Annual report of the Civil Veterinary Department, Bengal, and of the Bengal Veterinary College for the year 1904-1905 - 1904-1905
Year: 1904
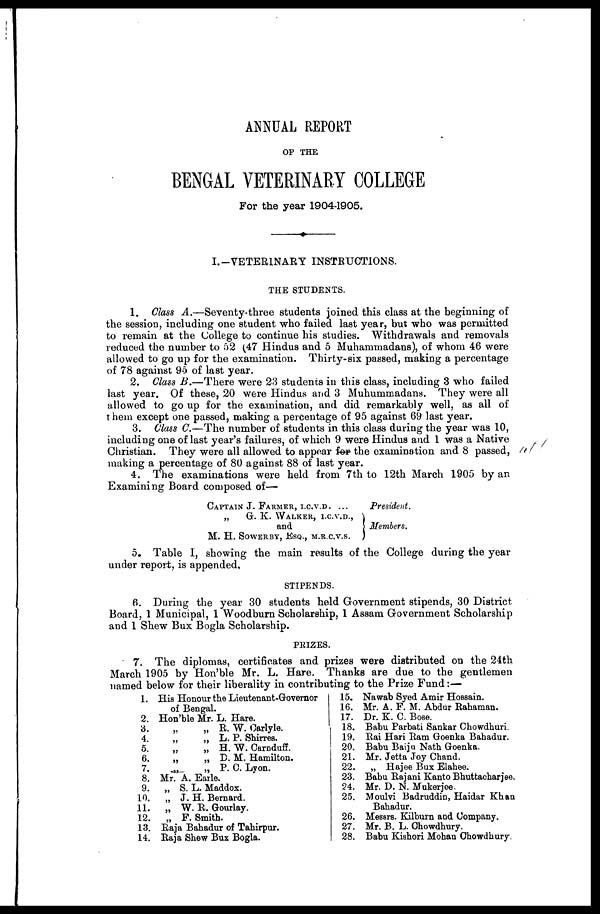
ANNUAL REPORT
OP THE
BENGAL VETERINARY COLLEGE
For the year 1904-1905.
I.-VETERINARY INSTRUCTIONS.
THE STUDENTS.
1. Class A.—Seventy-three students joined this class at the beginning of
the session, including one student who failed last year, but who was permitted
to remain at the College to continue his studies. Withdrawals and removals
reduced the number to 52 (47 Hindus and 5 Muhammadans), of whom 46 were
allowed to go up for the examination. Thirty-six passed, making a percentage
of 78 against 95 of last year.
2. Class B.—There were 23 students in this class, including 3 who failed
last year. Of these, 20 were Hindus and 3 Muhummadans. They were all
allowed to go up for the examination, and did remarkably well, as all of
them except one passed, making a percentage of 95 against 69 last year.
3. Class C.—The number of students in this class during the year was 10,
including one of last year's failures, of which 9 were Hindus and 1 was a Native
Christian. They were all allowed to appear for the examination and 8 passed,
making a percentage of 80 against 88 of last year.
4. The examinations were held from 7th to 12th March 1905 by an
Examining Board composed of—
CAPTAIN J. FARMER, I.C.V.D ...
„
G. K. WALKER, I.C.V.D.,
and
M. H. Sowerby, Esq., m.r.c.v.s.
President.
Members.
5. Table I, showing the main results of the College during the year
under report, is appended,
STIPENDS.
6. During the year 30 students held Government stipends, 30 District
Board, 1 Municipal, 1 Woodburn Scholarship, 1 Assam Government Scholarship
and 1 Shew Bux Bogla Scholarship.
PRIZES.
7. The diplomas, certificates and prizes were distributed on the 24th
March 1905 by Hon'ble Mr. L. Hare. Thanks are due to the gentlemen
named below for their liberality in contributing to the Prize Fund:—
1.
2.
3.
4.
5.
6.
7.
8.
9.
10.
11.
12.
13.
14.
His Honour the Lieutenant-Governor
of Bengal.
Hon'ble Mr. L. Hare.
„ „ R. W. Carlyle.
„
„ L. P. Shirres.
„
„ H. W. Carnduff.
„
„ D. M. Hamilton.
„
„ P. C. Lyon.
Mr. A. Earle.
„ S. L. Maddox.
„ J. H. Bernard.
„ W. R. Gourlay.
„ F. Smith.
Raja Bahadur of Tahirpur.
Raja Shew Bux Bogla.
15.
16.
17.
18.
19.
20.
21.
22.
23.
24.
25.
26.
27.
28.
Nawab Syed Amir Hossain.
Mr. A. F. M. Abdur Rahaman.
Dr. K. C. Bose.
Babu Parbati Sankar Chowdhuri.
Rai Hari Ram Goenka Bahadur.
Babu Baiju Nath Goenka.
Mr. Jetta Joy Chand.
„ Hajee Bux Elahee.
Babu Rajani Kanto Bhuttacharjee.
Mr. D. N. Mukerjee.
Moulvi Badruddin, Haidar Khan
Bahadur.
Messrs. Kilburn and Company.
Mr. B. L. Chowdhury.
Babu Kishori Mohan Chowdhury.